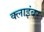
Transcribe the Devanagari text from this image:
क्लाइंबर